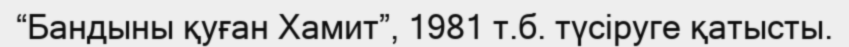
“Бандыны қуған Хамит”, 1981 т.б. түсіруге қатысты.